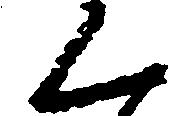
く